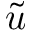
\tilde { u }